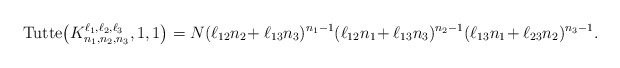
\begin{gather*}{\rm Tutte}\big(K_{n_1,n_2,n_3}^{\ell_1,\ell_2,\ell_3}, 1,1\big) = N (\ell_{12} n_2\!+\ell_{13} n_3)^{n_{1}-1} (\ell_{12} n_1\!+\ell_{13} n_3)^{n_{2}-1} (\ell_{13} n_1\!+ \ell_{23} n_2)^{n_{3}-1}. \end{gather*}